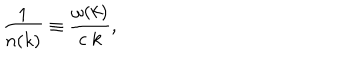
{ \frac { 1 } { n ( k ) } } \equiv { \frac { \omega ( k ) } { c \; k } } ,